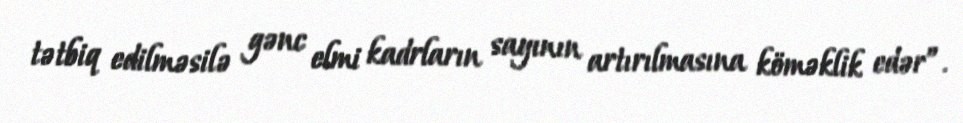
tətbiq edilməsilə gənc elmi kadrların sayının artırılmasına köməklik edər”.